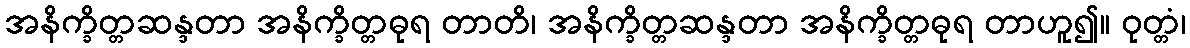
အနိက္ခိတ္တဆန္ဒတာ အနိက္ခိတ္တဓုရ တာတိ၊ အနိက္ခိတ္တဆန္ဒတာ အနိက္ခိတ္တဓုရ တာဟူ၍။ ဝုတ္တံ၊